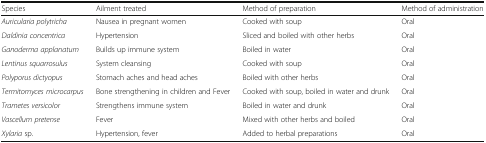
| Species | Ailment treated | Method of preparation | Method of administration |
 | --- | --- | --- | --- |
 | Auricularia polytricha | Nausea in pregnant women | Cooked with soup | Oral |
 | Daldinia concentrica | Hypertension | Sliced and boiled with other herbs | Oral |
 | Ganoderma applanatum | Builds up immune system | Boiled in water | Oral |
 | Lentinus squarrosulus | System cleansing | Cooked with soup | Oral |
 | Polyporus dictyopus | Stomach aches and head aches | Boiled with other herbs | Oral |
 | Termitomyces microcarpus | Bone strengthening in children and Fever | Cooked with soup, boiled in water and drunk | Oral |
 | Trametes versicolor | Strengthens immune system | Boiled in water and drunk | Oral |
 | Vascellum pretense | Fever | Mixed with other herbs and boiled | Oral |
 | Xylaria sp. | Hypertension, fever | Added to herbal preparations | Oral |